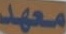
معهد